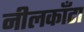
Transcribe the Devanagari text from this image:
नीलकाँटा